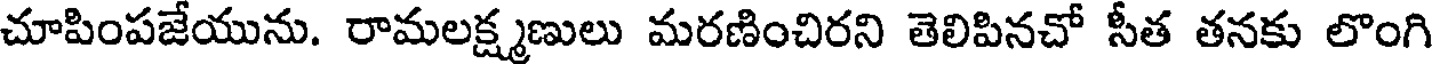
చూపింపజేయును. రామలక్ష్మణులు మరణించిరని తెలిపినచో సీత తనకు లొంగి